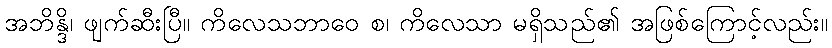
အဘိန္ဒိ၊ ဖျက်ဆီးပြီ။ ကိလေသဘာဝေ စ၊ ကိလေသာ မရှိသည်၏ အဖြစ်ကြောင့်လည်း။